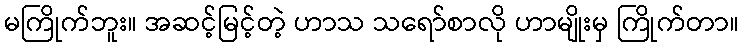
မကြိုက်ဘူး။ အဆင့်မြင့်တဲ့ ဟာသ သရော်စာလို ဟာမျိုးမှ ကြိုက်တာ။